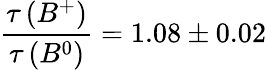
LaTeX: \frac{\tau\left(B^{+}\right)}{\tau\left(B^{0}\right)}=1.08\pm 0.02